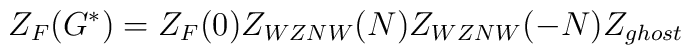
Z_F(G^{*})=Z_F(0)Z_{WZNW}(N)Z_{WZNW}(-N)Z_{ghost}